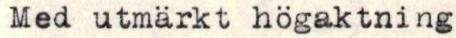
Med utmärkt högaktning